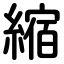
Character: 縮